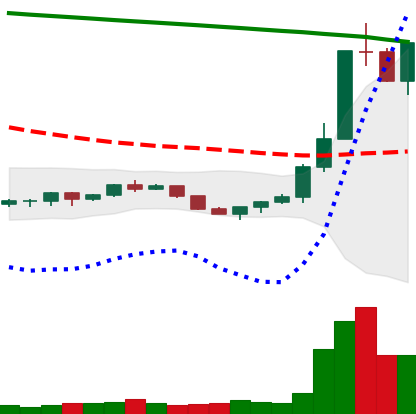
Ticker: ETC-USD
Chart end date: 2022-07-21
Forward return: -3.861%
Label: down_3_5